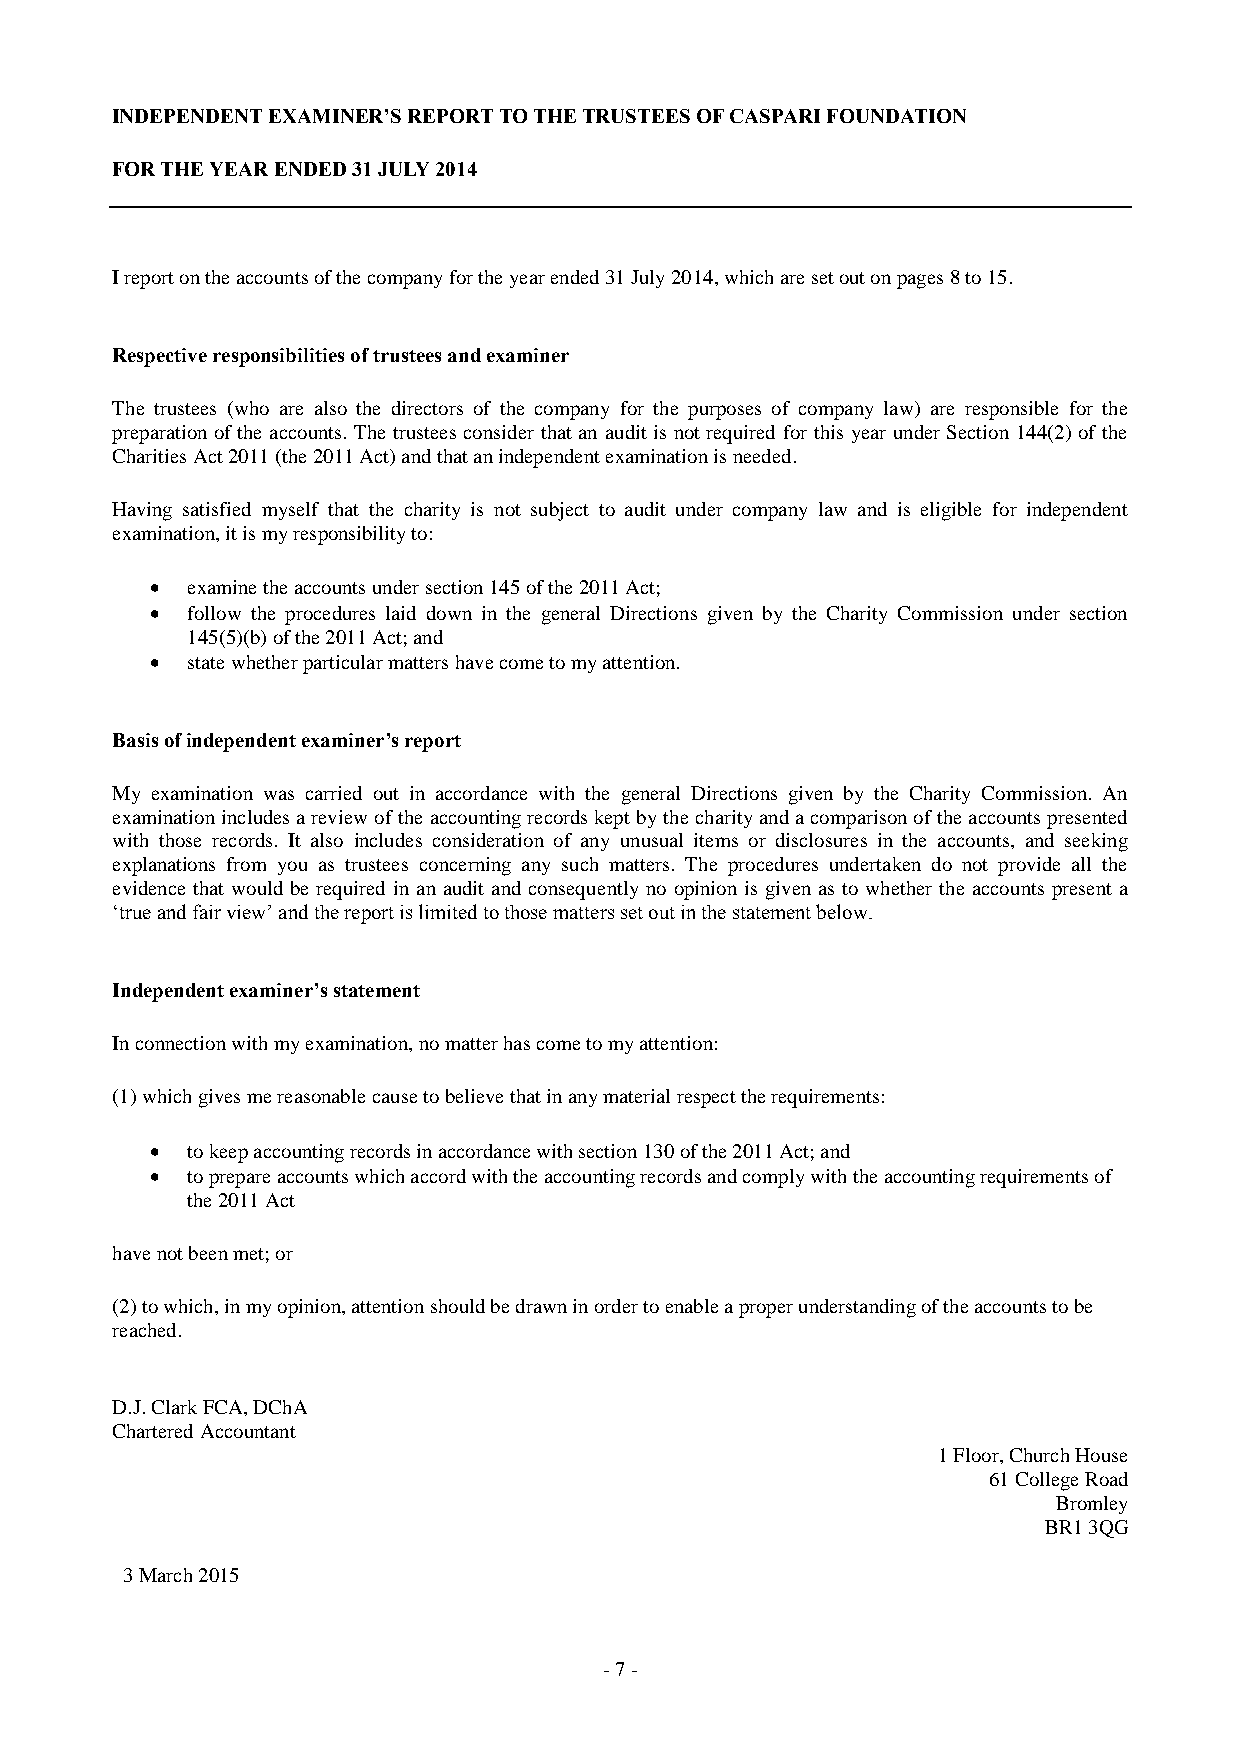
INDEPENDENT EXAMINER’S REPORT TO THE TRUSTEES OF CASPARI FOUNDATION
 FOR THE YEAR ENDED 31 JULY 2014
 I report on the accounts of the company for the year ended 31 July 2014, which are set out on pages 8 to 15.
 Respective responsibilities of trustees and examiner
 The trustees (who are also the directors of the company for the purposes of company law) are responsible for the
 preparation of the accounts. The trustees consider that an audit is not required for this year under Section 144(2) of the
 Charities Act 2011 (the 2011 Act) and that an independent examination is needed.
 Having satisfied myself that the charity is not subject to audit under company law and is eligible for independent
 examination, it is my responsibility to:
  examine the accounts under section 145 of the 2011 Act;
  follow the procedures laid down in the general Directions given by the Charity Commission under section
 145(5)(b) of the 2011 Act; and
  state whether particular matters have come to my attention.
 Basis of independent examiner’s report
 My examination was carried out in accordance with the general Directions given by the Charity Commission. An
 examination includes a review of the accounting records kept by the charity and a comparison of the accounts presented
 with those records. It also includes consideration of any unusual items or disclosures in the accounts, and seeking
 explanations from you as trustees concerning any such matters. The procedures undertaken do not provide all the
 evidence that would be required in an audit and consequently no opinion is given as to whether the accounts present a
 ‘true and fair view’ and the report is limited to those matters set out in the statement below.
 Independent examiner’s statement
 In connection with my examination, no matter has come to my attention:
 (1) which gives me reasonable cause to believe that in any material respect the requirements:
  to keep accounting records in accordance with section 130 of the 2011 Act; and
  to prepare accounts which accord with the accounting records and comply with the accounting requirements of
 the 2011 Act
 have not been met; or
 (2) to which, in my opinion, attention should be drawn in order to enable a proper understanding of the accounts to be
 reached.
 D.J. Clark FCA, DChA
 Chartered Accountant
 1 Floor, Church House
 61 College Road
 Bromley
 BR1 3QG
 3 March 2015
 - 7 -